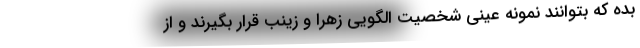
بده که بتوانند نمونه عینی شخصیت الگویی زهرا و زینب قرار بگیرند و از